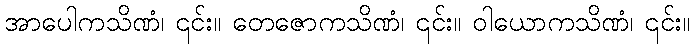
အာပေါကသိဏံ၊ ၎င်း။ တေဇောကသိဏံ၊ ၎င်း။ ဝါယောကသိဏံ၊ ၎င်း။